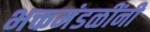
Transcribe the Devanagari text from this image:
भक्तमंडळींनी